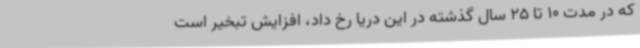
که در مدت 10 تا 25 سال گذشته در این دریا رخ داد، افزایش تبخیر است